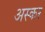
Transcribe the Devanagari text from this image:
अस्कर